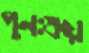
পুনঃক্রয়